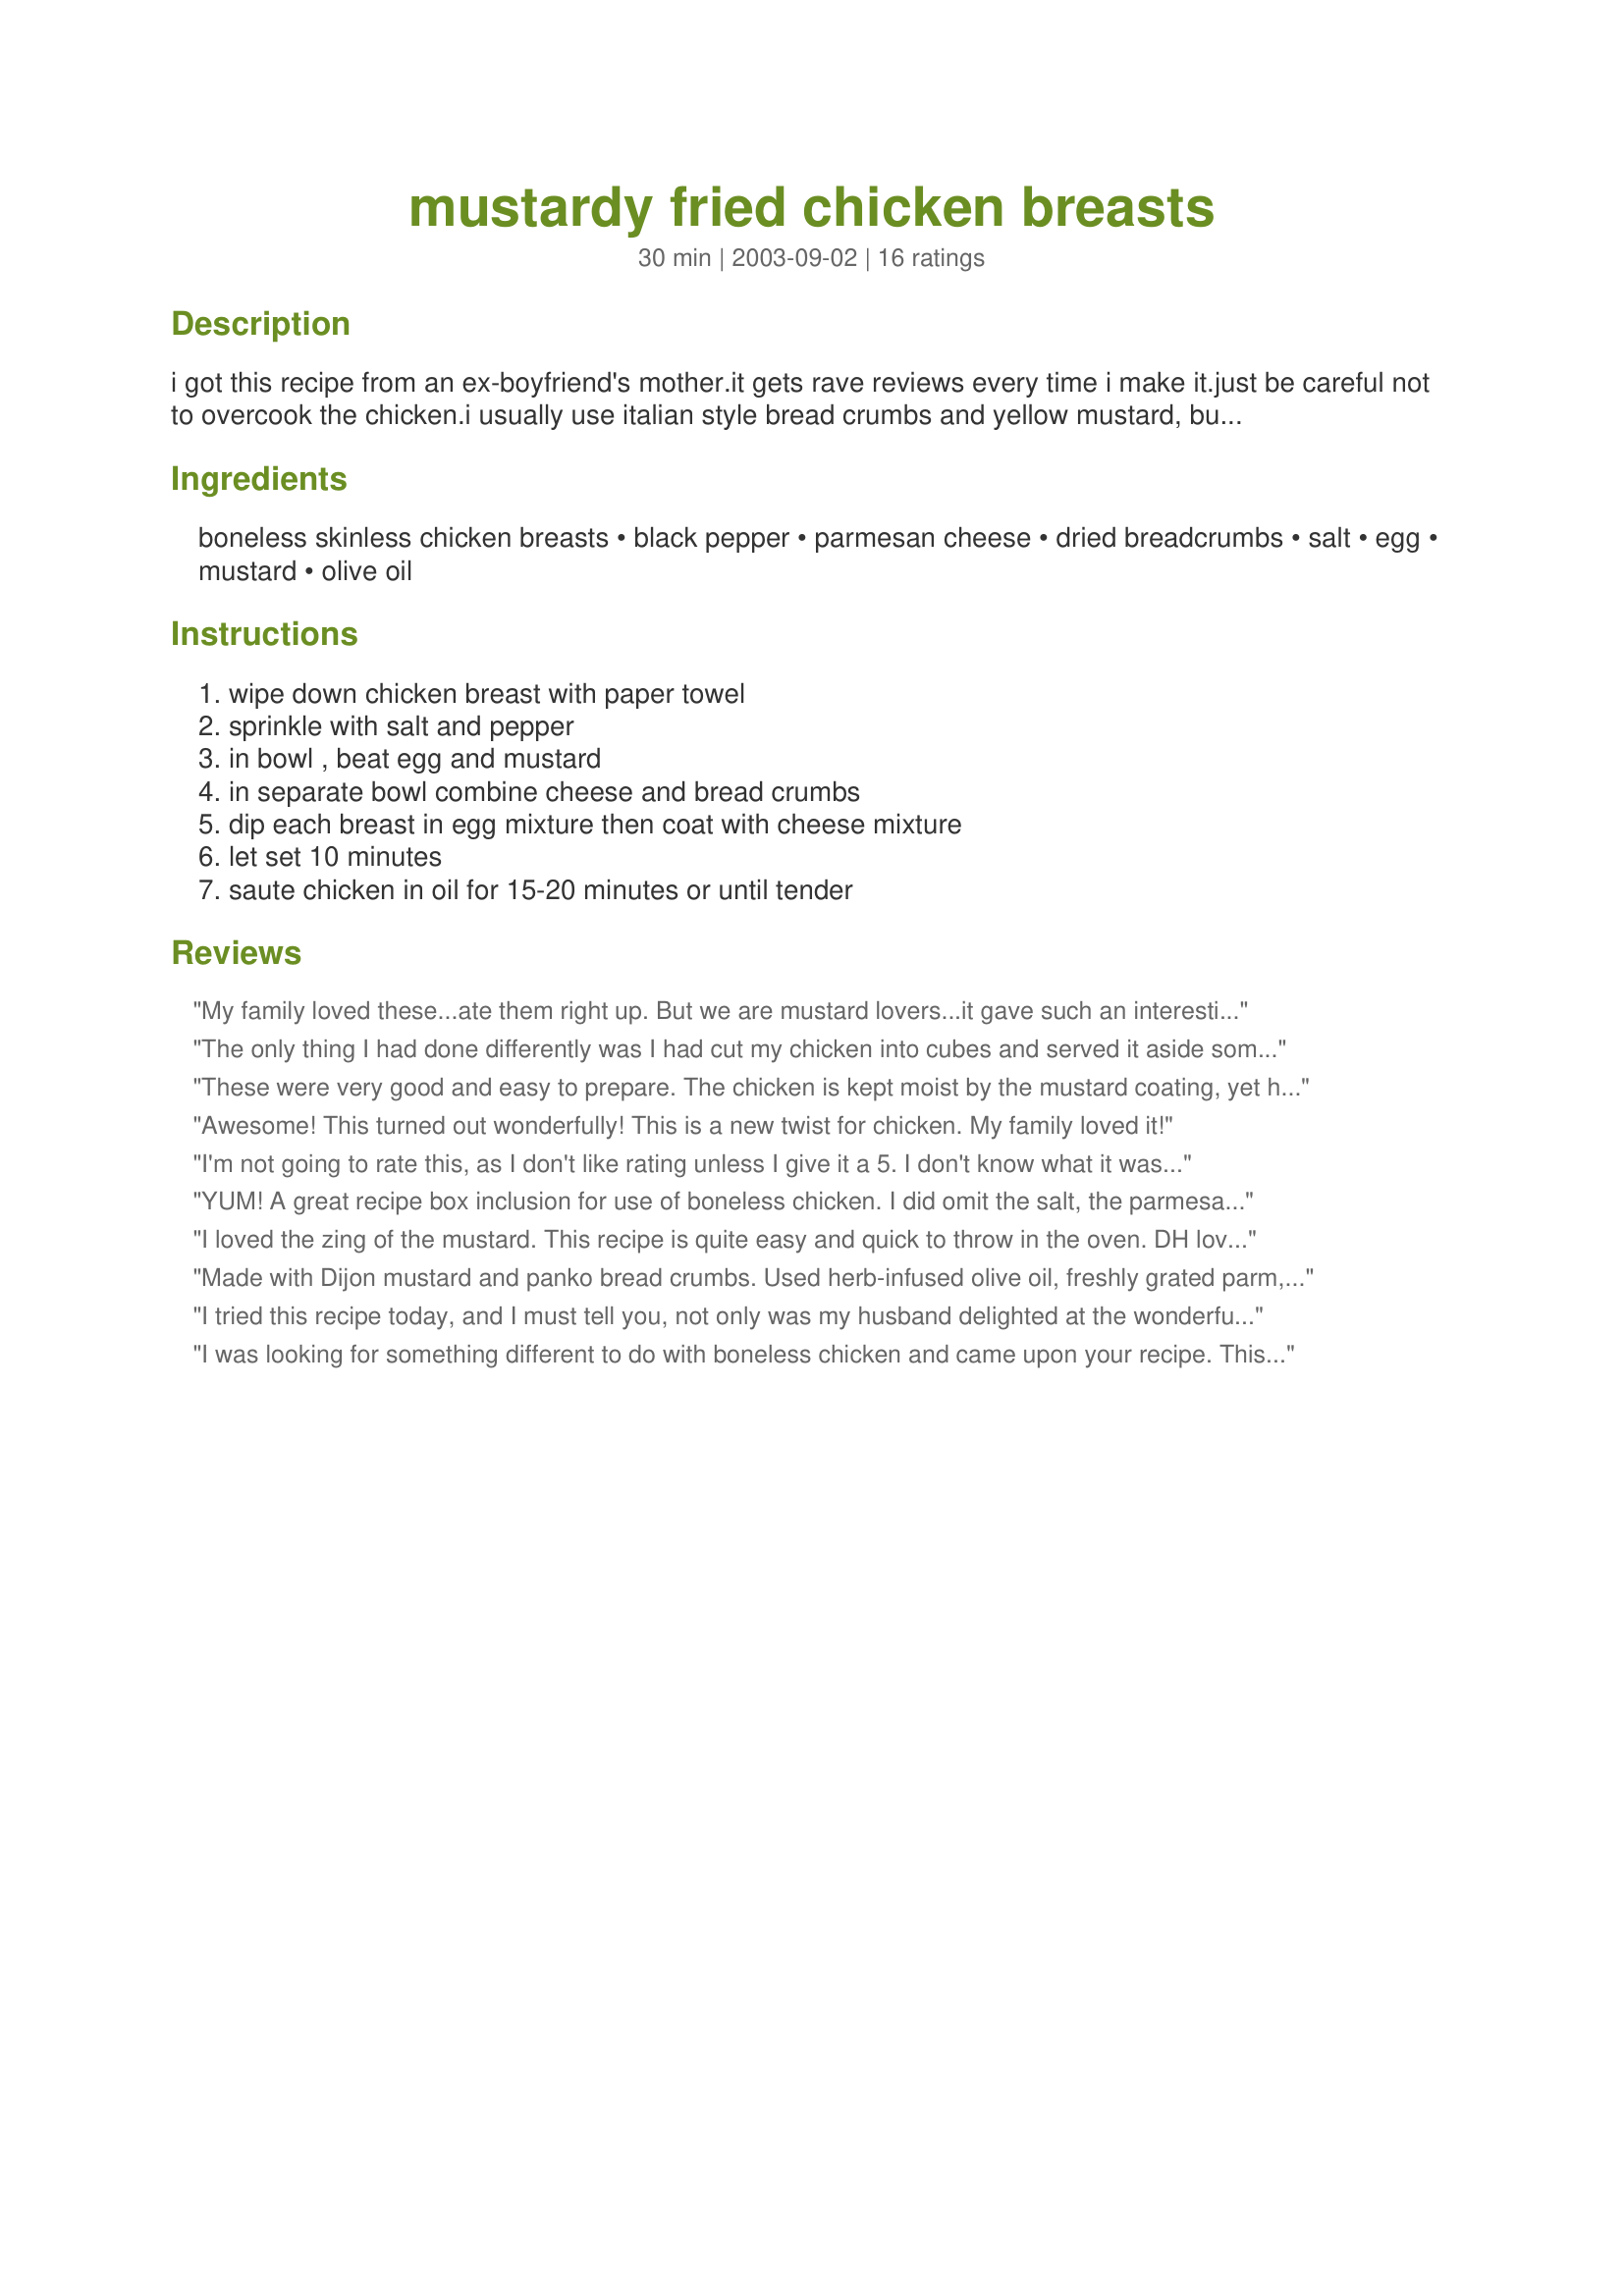
mustardy fried chicken breasts
Preparation time: 30 minutes

i got this recipe from an ex-boyfriend's mother.it gets rave reviews every time i make it.just be careful not to overcook the chicken.i usually use italian style bread crumbs and yellow mustard, but you could use any combination of bread crumbs and mustard that you have. i've used dijon mustard as well with very good results.you could also bake it in the oven, just be sure to cover it so it doesn't dry out.

Ingredients:
boneless skinless chicken breasts, black pepper, parmesan cheese, dried breadcrumbs, salt, egg, mustard, olive oil

Steps:
wipe down chicken breast with paper towel, sprinkle with salt and pepper, in bowl , beat egg and mustard, in separate bowl combine cheese and bread crumbs, dip each breast in egg mixture then coat with cheese mixture, let set 10 minutes, saute chicken in oil for 15-20 minutes or until tender

Reviews:
My family loved these...ate them right up. But we are mustard lovers...it gave such an interesting taste to the chicken and they were soooooo moist. If both my kids eat something up it's a great night so thank you!
The only thing I had done differently was I had cut my chicken into cubes and served it aside some macaroni. It was delicious!
These were very good and easy to prepare. The chicken is kept moist by the mustard coating, yet has a pleasant crunchy coating. Next time, I will try using honey mustard instead of yellow. That just might edge this up to a 5 star rating for our family. Thanks! :-)
Awesome! This turned out wonderfully! This is a new twist for chicken. My family loved it!
I'm not going to rate this, as I don't like rating unless I give it a 5. I don't know what it was, but by the time the chicken was cooked thouroughly it was burnt on the outside. If I do make this again, it will definitely be in the oven. Also, I really couldn't taste the mustard, which I was really looking forward to. 
If you have any suggestions, please write to me and let me know. I know this dish is something me and hubby would love, but just did not work out for us this time.
YUM! A great recipe box inclusion for use of boneless chicken. I did omit the salt, the parmesan and breadcrumbs had enough in it for us. Even my 7 year old who hates mustard devoured these.
I loved the zing of the mustard. This recipe is quite easy and quick to throw in the oven. DH loved it. Served with twice baked potato and green beans. Thanks for an easy week-night supper.
Made with Dijon mustard and panko bread crumbs. Used herb-infused olive oil, freshly grated parm, Colemans mustard. Added some fresh minced garlic.
Delish.
I tried this recipe today, and I must tell you, not only was my husband delighted at the wonderful dish, but I found a new favorite way to prepare ho hum chicken breats. I used a honey dijon mustard and it was divine! I would urge everyone to give this one a try!
I was looking for something different to do with boneless chicken and came upon your recipe. This was great tasting! Thanks for posting!!
I've been using this recipe for at least 10 years now, and my kids still love it. I use the same coating for chicken fingers or chicken nuggets - it never lets me down!
I LOVED this recipe. What a great idea!! I didn't have breadcrumbs, so I used saltine crackers instead. If using saltines, remember to reduce the salt if you are using salted top ones. I loved the hint of mustard in this recipe, it is not over powering. I used a non-stick frying pan, and followed the cooking instructions and mine came out moist, crisp and delicious!
Awesome chicken recipe! I made this exactly as the recipe states and I got the most tender, juicy and flavorful chicken breasts I've ever made. I'll be making this again without a doubt. Thanks!
I've been making these for about ten years and I highly recommend trying them. I cook them on a medium low temp. so that the coating gets nice and crispy and the chicken is nice and moist.
Made this using whole wheat breadcrumbs & honey Dijon mustard ~ OUTSTANDING TASTE, & very easy to make! Definitely a keeper of a recipe! [Tagged, made & reviewed in Zaar Chef Alphabet Soup tag]
This was a really nice, simple recipe. It is nice to have such a totally simple way to dress up chicken. We used italian breadcrumbs and brown mustard, and it was a great addition to our meal and will probably be used again. Thanks for sharing!
